255_413270_UFO's_and_Defense_What_Should_we_Prepare_For
Agency: NASA
Page 45
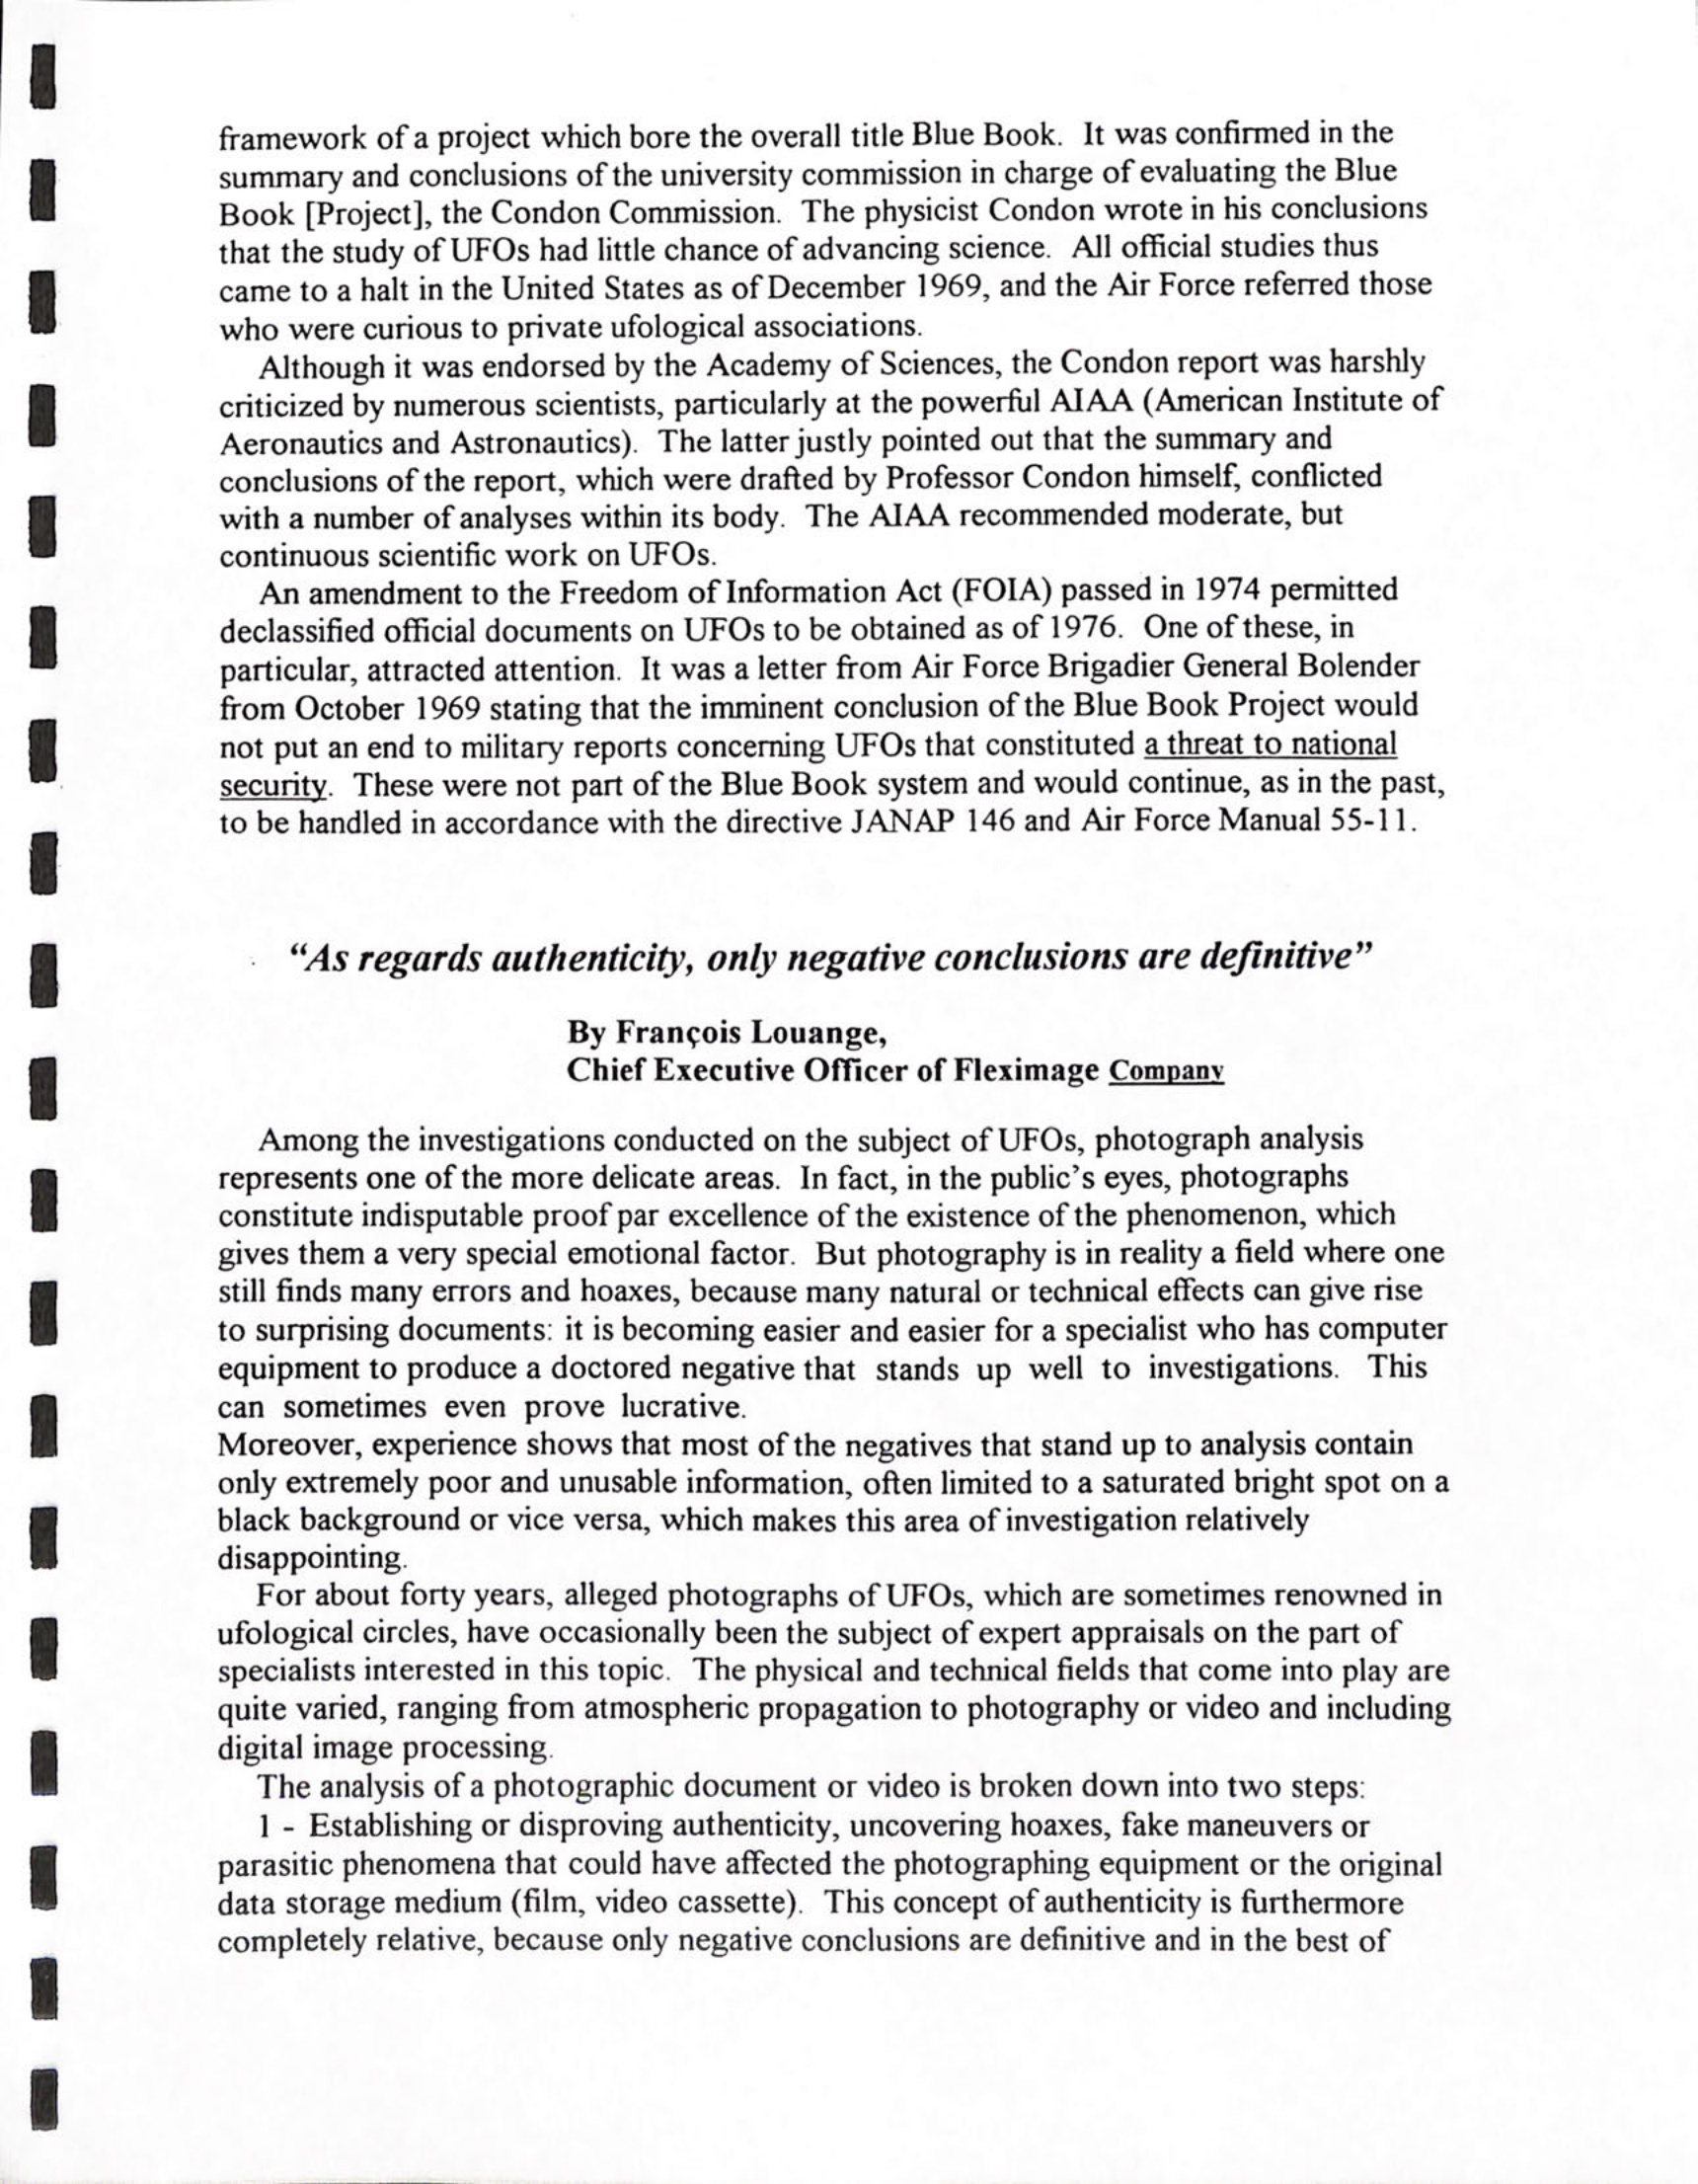